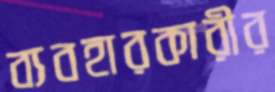
ব্যবহারকারীর